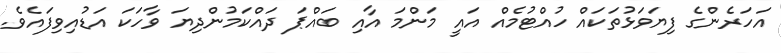
އަހަރެންގެ ފިޔަވަޅުތަކައް ހުއްޓުމެއް އައީ މަންމަ އާއި ބައްޕަ ދައްކަމުންދިޔަ ވާހަކަ އަޑުއިވިފައެވެ.